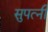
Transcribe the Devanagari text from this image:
सुपत्‍नी